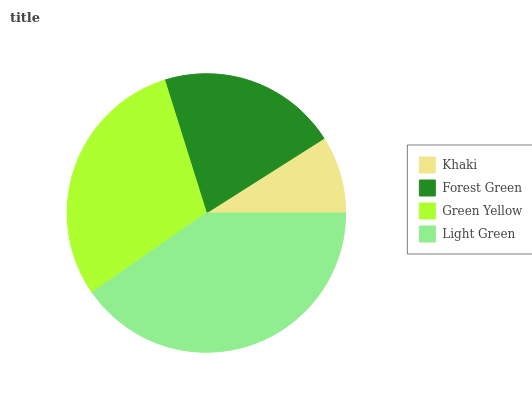
| Khaki | Forest Green | Green Yellow | Light Green |
 | --- | --- | --- | --- |
 | 9% | 20.9% | 29.8% | 40.3% |